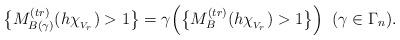
LaTeX: \begin{align*} \big\{M_{B(\gamma)}^{(tr)}(h\chi_{{}_{V_r}})>1\big\}=\gamma\Big(\big\{M_B^{(tr)}(h\chi_{{}_{V_r}})>1\big\}\Big) \;\; (\gamma\in\Gamma_n).\end{align*}